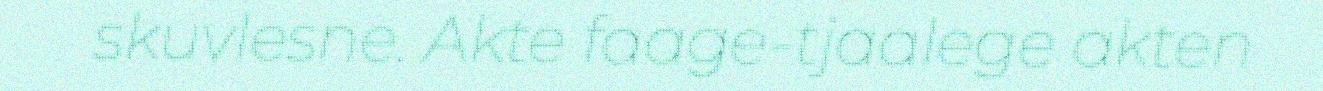
skuvlesne. Akte faage-tjaalege akten